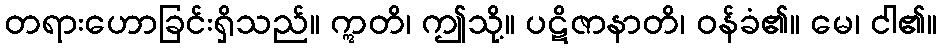
တရားဟောခြင်းရှိသည်။ ဣတိ၊ ဤသို့။ ပဋိဇာနာတိ၊ ဝန်ခံ၏။ မေ၊ ငါ၏။